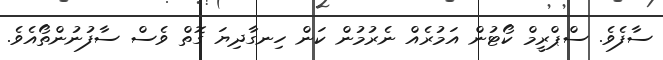
ސާފެވެ. ސްޕްރީމް ކޯޓުން އަމުރެއް ނެރުމުން ކަން ހިނގާދިޔަ ގޮތް ވެސް ސާފުނުންތޯއެވެ.